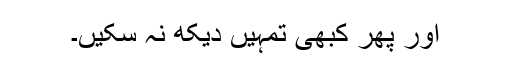
اور پھر کبھی تمہیں دیکھ نہ سکیں۔